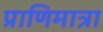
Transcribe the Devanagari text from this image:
प्राणिमात्रा